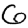
Digit: 6